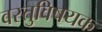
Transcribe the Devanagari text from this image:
वस्तुविषयक